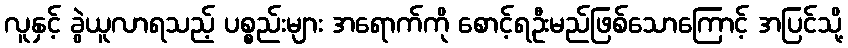
လူနှင့် ခွဲယူလာရသည့် ပစ္စည်းများ အရောက်ကို စောင့်ရဦးမည်ဖြစ်သောကြောင့် အပြင်သို့